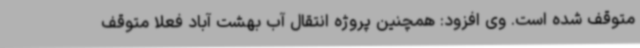
متوقف شده است. وی افزود: همچنین پروژه انتقال آب بهشت آباد فعلا متوقف